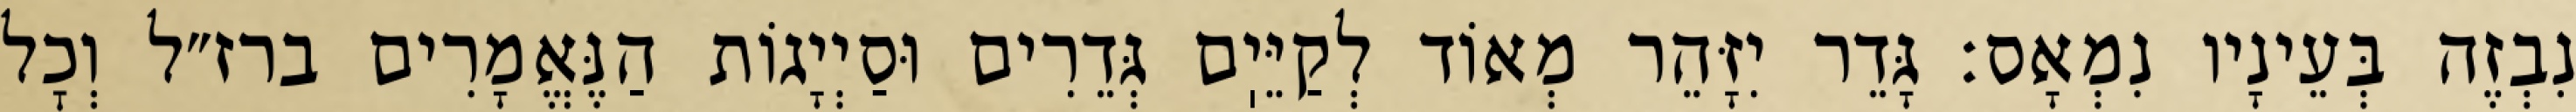
נִבְזֶה בְּעֵינָיו נִמְאָס: גָּדֵר יִזָּהֵר מְאוֹד לְקַיֵּיֽם גְּדֵרִים וּסַיְיָגוֹת הַנֶּאֱמָרִים ברז״ל וְכׇל